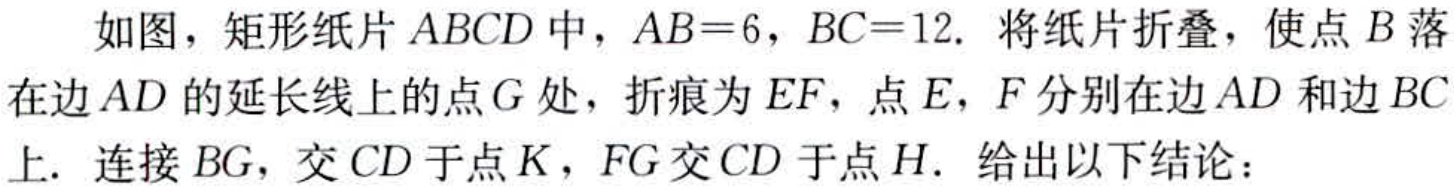
如图，矩形纸片 \(ABCD\) 中，\(AB = 6\)，\(BC = 12\). 将纸片折叠，使点 \(B\) 落在边 \(AD\) 的延长线上的点 \(G\) 处，折痕为 \(EF\)，点 \(E\)，\(F\) 分别在边 \(AD\) 和边 \(BC\) 上. 连接 \(BG\)，交 \(CD\) 于点 \(K\)，\(FG\) 交 \(CD\) 于点 \(H\). 给出以下结论：